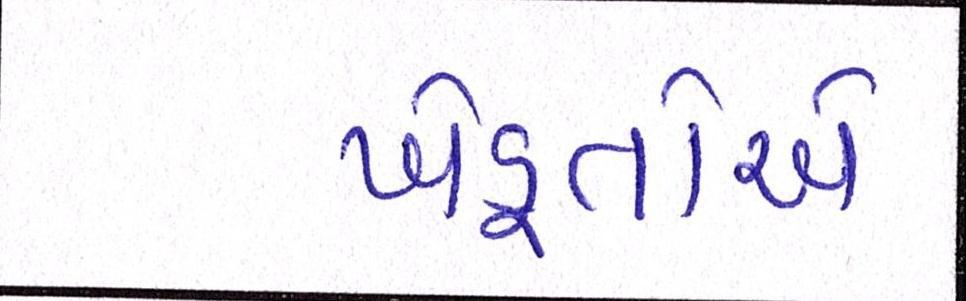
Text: ખેડૂતોએ